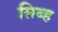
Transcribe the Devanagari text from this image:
सिब्ह